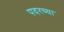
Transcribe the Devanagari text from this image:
पदरच्या